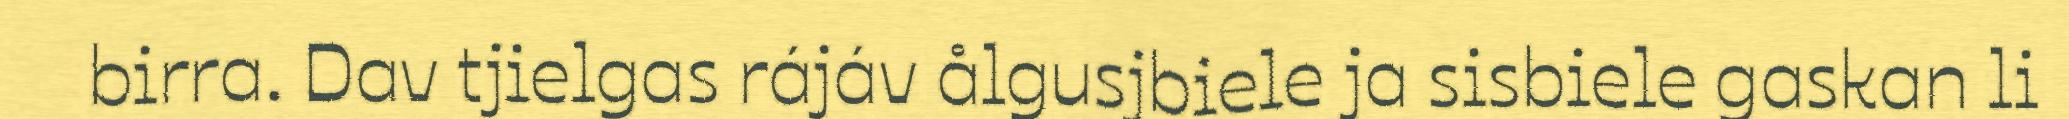
birra. Dav tjielgas rájáv ålgusjbiele ja sisbiele gaskan li